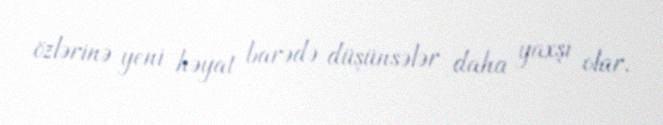
özlərinə yeni həyat barədə düşünsələr daha yaxşı olar.